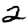
Digit: 2